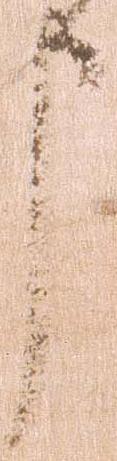
申